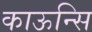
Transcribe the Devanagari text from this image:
काऊन्सि